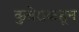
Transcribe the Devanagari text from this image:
कुबेराकडून